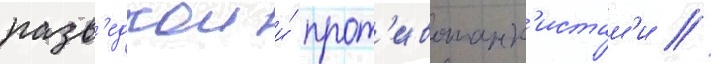
разв'едкои и́ прот'ивотанк'истам'и //